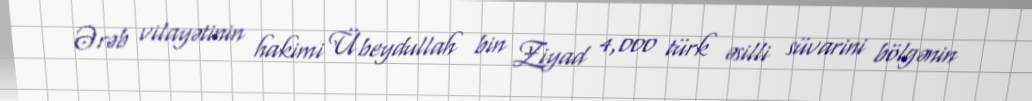
Ərəb vilayətinin hakimi Übeydullah bin Ziyad 4,000 türk əsilli süvarini bölgənin